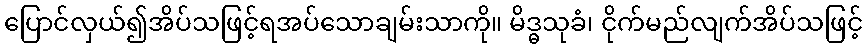
ပြောင်လှယ်၍အိပ်သဖြင့်ရအပ်သောချမ်းသာကို။ မိဒ္ဓသုခံ၊ ငိုက်မည်လျက်အိပ်သဖြင့်